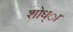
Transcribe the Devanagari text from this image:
शोध्ा